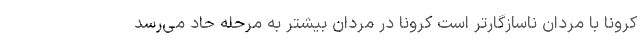
کرونا با مردان ناسازگارتر است کرونا در مردان بیشتر به مرحله حاد می‌رسد